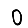
Digit: 0